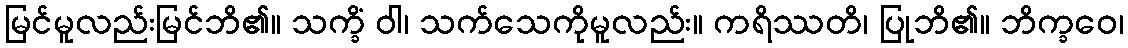
မြင်မူလည်းမြင်ဘိ၏။ သက္ခိံ ဝါ၊ သက်သေကိုမူလည်း။ ကရိဿတိ၊ ပြုဘိ၏။ ဘိက္ခဝေ၊